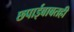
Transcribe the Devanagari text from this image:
छपाईबाबतही